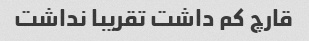
قارچ کم داشت تقریبا نداشت